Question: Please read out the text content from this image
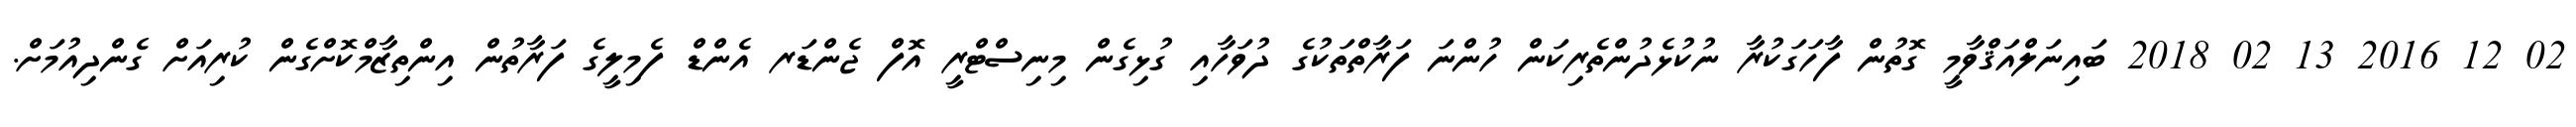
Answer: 02 12 2016 13 02 2018 ބައިނަލްއަޤްވާމީ ގޮތުން ފާހަގަކުރާ ނުކުޅެދުންތެރިކަން ހުންނަ ފަރާތްތަކުގެ ދުވަހާއި ގުޅިގެން މިނިސްޓްރީ އޮފް ޖެންޑަރ އެންޑް ފެމިލީގެ ފަރާތުން އިންތިޒާމްކޮށްގެން ކުރިއަށް ގެންދިއުމަށް.